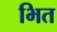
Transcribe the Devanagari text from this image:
भित